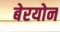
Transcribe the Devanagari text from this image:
बेरयोन